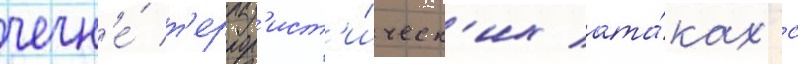
чечн'е́ т'еррор'ист'и́ческ'их ата́ках с